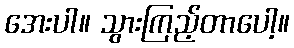
အေးပါ။ သွားကြည့်တာပေါ့။